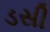
ડસી